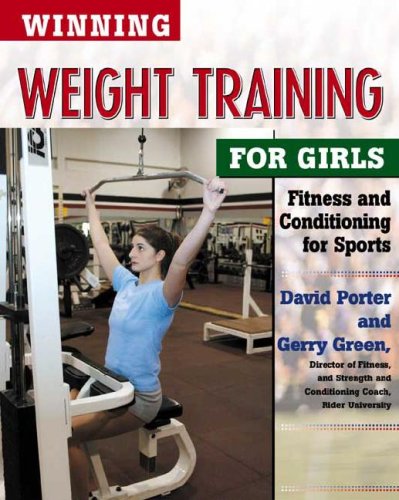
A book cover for Winning Weight Training for Girls (Winning Sports for Girls); David Porter; Teen & Young Adult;